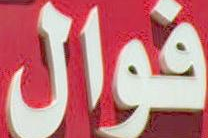
فوال